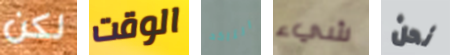
لكن الوقت التاكد شيء نحن